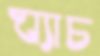
ঘ্যাচ